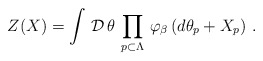
\begin{align*}\left. Z (X) = \int \, {\cal D} \, \theta \, \prod_{p \subset\Lambda} \, \varphi_{\beta} \, ( d \theta_{p} + X_{p} ) \ . \right.\end{align*}